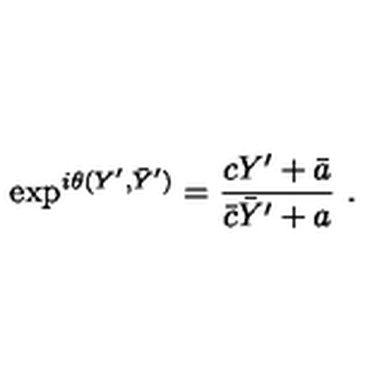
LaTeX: \exp ^ { i \theta ( Y ^ { \prime } , \bar { Y } ^ { \prime } ) } = { \frac { c Y ^ { \prime } + \bar { a } } { \bar { c } \bar { Y } ^ { \prime } + a } } \ .